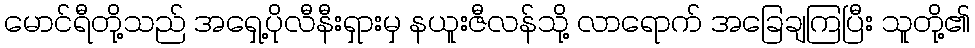
မောင်ရီတို့သည် အရှေ့ပိုလီနီးရှားမှ နယူးဇီလန်သို့ လာရောက် အခြေချကြပြီး သူတို့၏